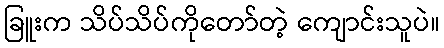
ခြူးက သိပ်သိပ်ကိုတော်တဲ့ ကျောင်းသူပဲ။